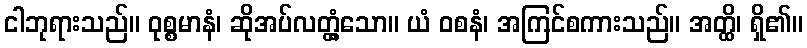
ငါဘုရားသည်။ ဝုစ္စမာနံ၊ ဆိုအပ်လတ္တံ့သော။ ယံ ဝစနံ၊ အကြင်စကားသည်။ အတ္ထိ၊ ရှိ၏။